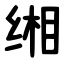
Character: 缃